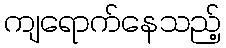
ကျရောက်နေသည့်